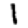
Digit: 1